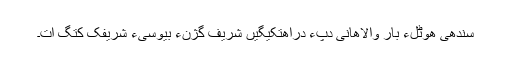
سندھی ھوٹلءِ بار والاھانی دپءَ دراھتکیگیں شریف گُژنءُُ بیوسیءَ شریفک کُتگ اَت۔